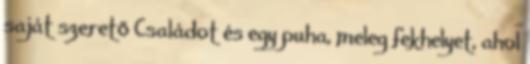
saját szerető Családot és egy puha, meleg fekhelyet, ahol